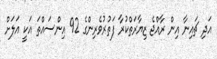
އަދި ޗައިނާ އިން ރާއްޖެ ޒިޔާރަތްކުރާ ފަތުުރުވެރިންގެ 92 އިންސައްތަ އަކީ އަލަށް